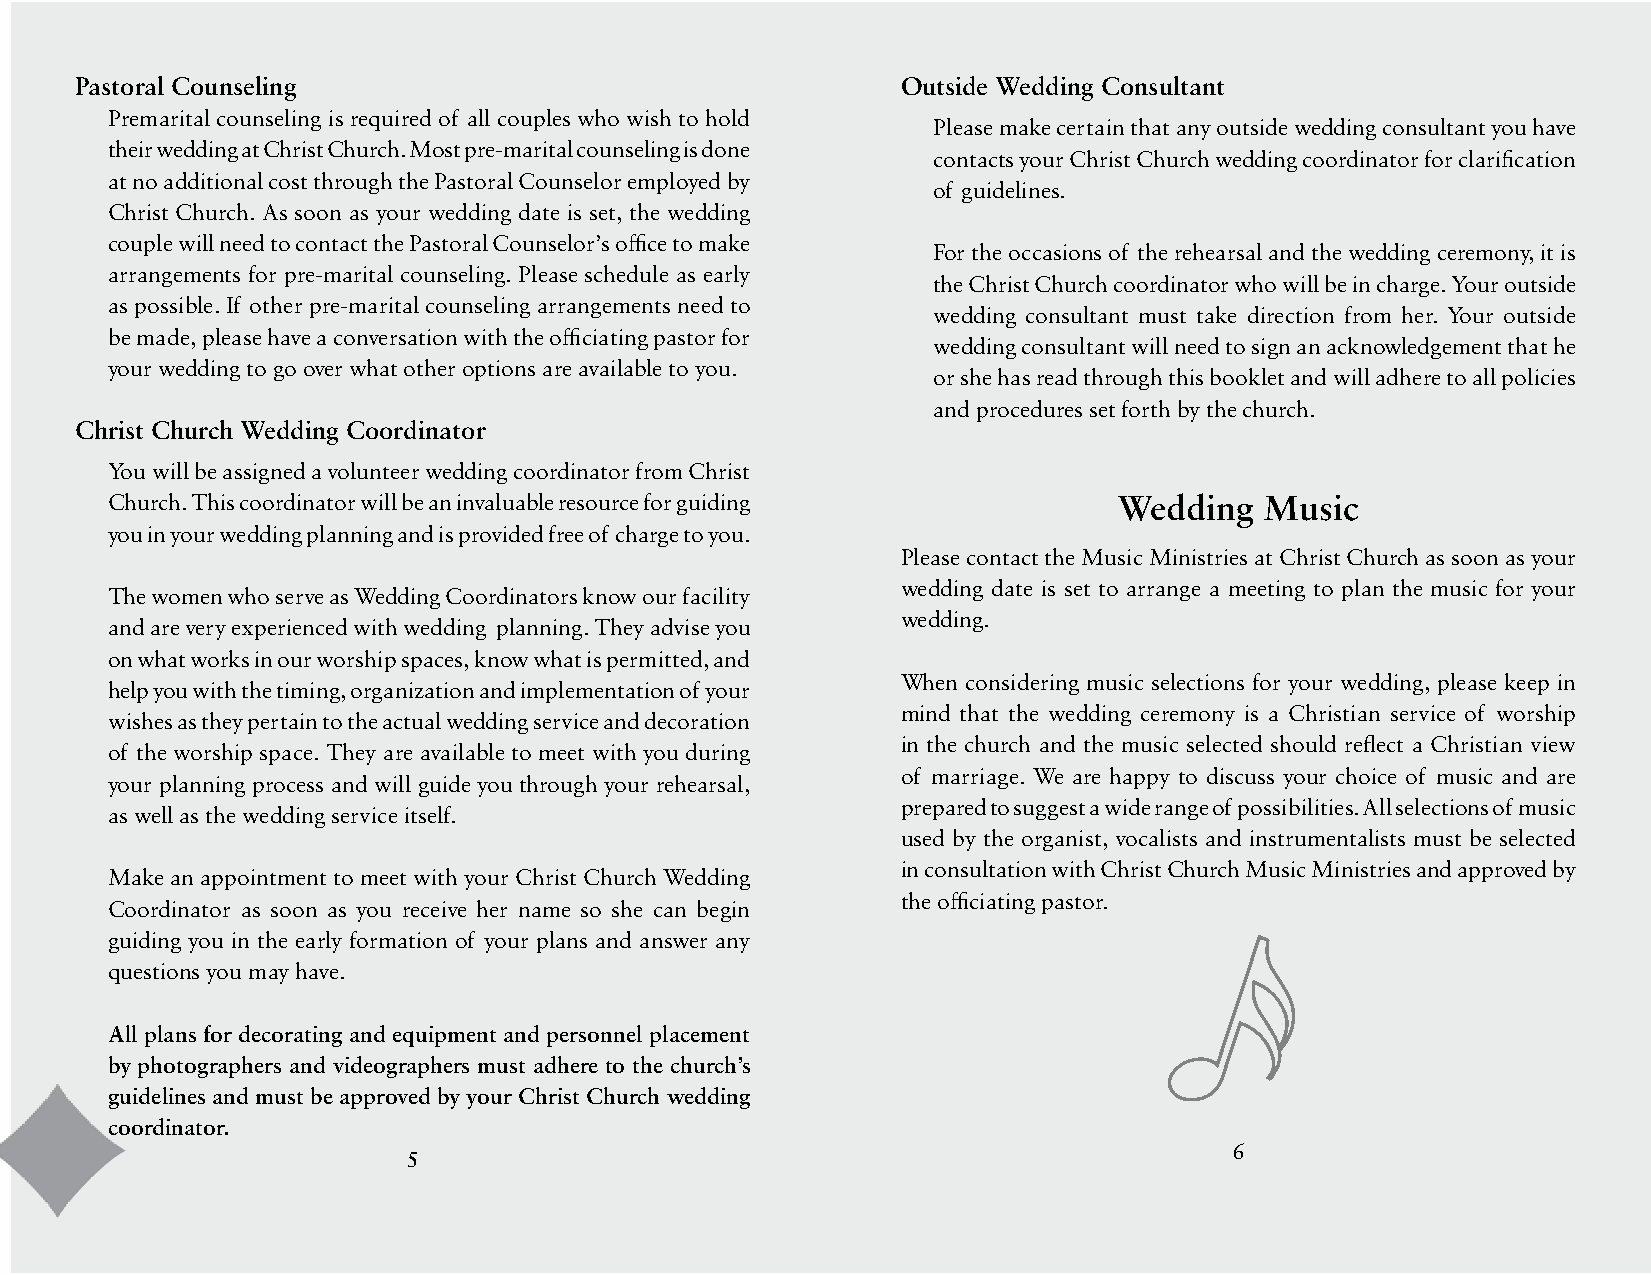
Pastoral Counseling                                    Outside Wedding Consultant
 Premarital counseling is required of all couples who wish to hold
 Please make certain that any outside wedding consultant you have
 their wedding at Christ Church. Most pre-marital counseling is done
 contacts your Christ Church wedding coordinator for clarification
 at no additional cost through the Pastoral Counselor employed by
 of guidelines.
 Christ Church. As soon as your wedding date is set, the wedding
 couple will need to contact the Pastoral Counselor’s office to make
 For the occasions of the rehearsal and the wedding ceremony, it is
 arrangements for pre-marital counseling. Please schedule as early
 the Christ Church coordinator who will be in charge. Your outside
 as possible. If other pre-marital counseling arrangements need to
 wedding consultant must take direction from her. Your outside
 be made, please have a conversation with the officiating pastor for
 wedding consultant will need to sign an acknowledgement that he
 your wedding to go over what other options are available to you.
 or she has read through this booklet and will adhere to all policies
 and procedures set forth by the church.
 Christ Church Wedding Coordinator
 You will be assigned a volunteer wedding coordinator from Christ
 Church. This coordinator will be an invaluable resource for guiding Wedding  Music
 you in your wedding planning and is provided free of charge to you.
 Please contact the Music Ministries at Christ Church as soon as your
 wedding date is set to arrange a meeting to plan the music for your
 The women who serve as Wedding Coordinators know our facility
 wedding.
 and are very experienced with wedding planning. They advise you
 on what works in our worship spaces, know what is permitted, and
 When considering music selections for your wedding, please keep in
 help you with the timing, organization and implementation of your
 mind that the wedding ceremony is a Christian service of worship
 wishes as they pertain to the actual wedding service and decoration
 in the church and the music selected should reflect a Christian view
 of the worship space. They are available to meet with you during
 of marriage. We are happy to discuss your choice of music and are
 your planning process and will guide you through your rehearsal,
 prepared to suggest a wide range of possibilities. All selections of music
 as well as the wedding service itself.
 used by the organist, vocalists and instrumentalists must be selected
 in consultation with Christ Church Music Ministries and approved by
 Make an appointment to meet with your Christ Church Wedding
 the officiating pastor.
 Coordinator as soon as you receive her name so she can begin
 guiding you in the early formation of your plans and answer any
 questions you may have.
 All plans for decorating and equipment and personnel placement
 by photographers and videographers must adhere to the church’s
 guidelines and must be approved by your Christ Church wedding
 coordinator.
 6
 5